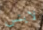
لاينس